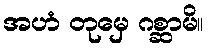
အဟံ တုမှေ ဂစ္ဆာမိ။